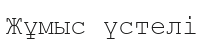
Жұмыс үстелі